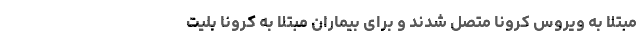
مبتلا به ویروس کرونا متصل شدند و برای بیماران مبتلا به کرونا بلیت